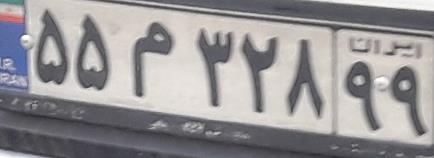
۵۵م۳۲۸۹۹